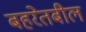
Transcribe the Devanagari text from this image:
बहरेतबील